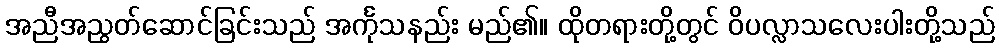
အညီအညွတ်ဆောင်ခြင်းသည် အင်္ကုသနည်း မည်၏။ ထိုတရားတို့တွင် ဝိပလ္လာသလေးပါးတို့သည်